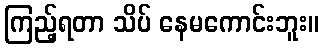
ကြည့်ရတာ သိပ် နေမကောင်းဘူး။